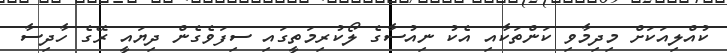
ކުއްލިއަކަށް މިދިމާވި ކަންތަކާއި އެކު ނިއުސާގެ ލޯކުރިމަތީގައި ސިފަވެގެން ދިޔައީ ރޭގެ ހާދިސާ